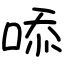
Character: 㖭